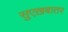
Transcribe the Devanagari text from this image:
सुएख़बातर